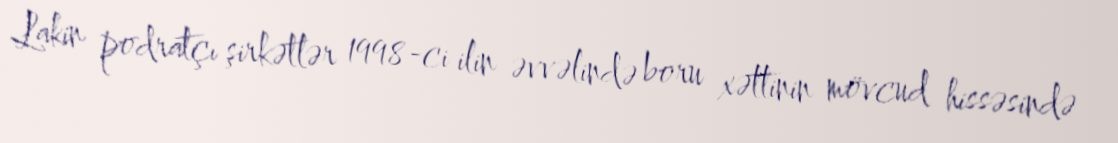
Lakin podratçı şirkətlər 1998-ci ilin əvvəlində boru xəttinin mövcud hissəsində